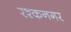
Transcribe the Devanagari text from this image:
रश्कनगर